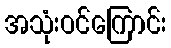
အသုံးဝင်ကြောင်း